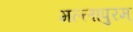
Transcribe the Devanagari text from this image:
मल्लापुरम्